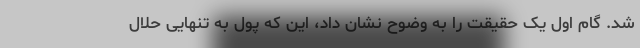
شد. گام اول یک حقیقت را به وضوح نشان داد، این که پول به تنهایی حلال